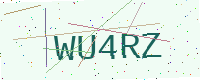
Text: WU4RZ